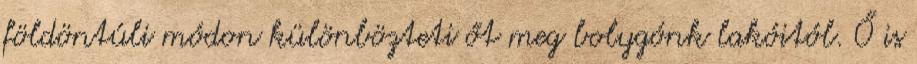
földöntúli módon különbözteti őt meg bolygónk lakóitól. Ő is